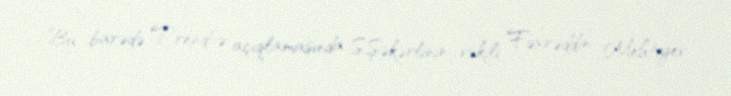
Bu barədə Trend-ə açıqlamasında S.Şəkərlinin vəkili Fəxrəddin Mehtiyev